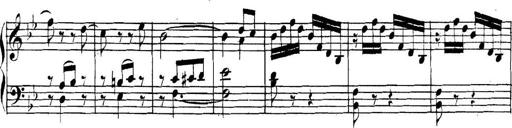
Title: Collected Piano Sonatas
Composer: Muzio Clementi